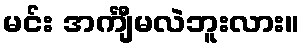
မင်း အင်္ကျီမလဲဘူးလား။